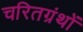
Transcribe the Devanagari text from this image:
चरितग्रंथों